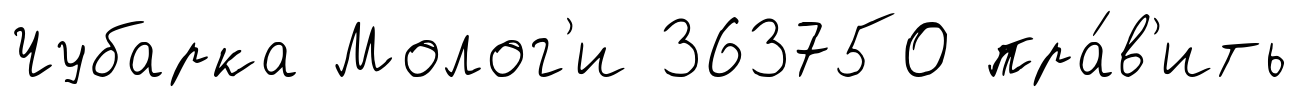
Чубарка Молог'и 363750 пра́в'ить